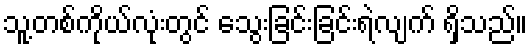
သူ့တစ်ကိုယ်လုံးတွင် သွေးခြင်းခြင်းရဲလျက် ရှိသည်။